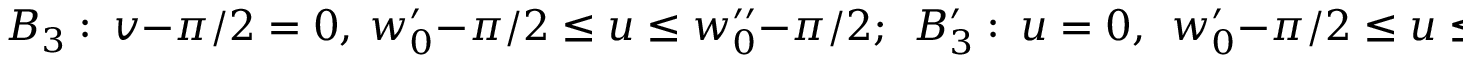
B _ { 3 } : ~ v - \pi / 2 = 0 , ~ w _ { 0 } ^ { \prime } - \pi / 2 \leq u \leq w _ { 0 } ^ { \prime \prime } - \pi / 2 ; ~ ~ B _ { 3 } ^ { \prime } : ~ u = 0 , ~ ~ w _ { 0 } ^ { \prime } - \pi / 2 \leq u \leq 0